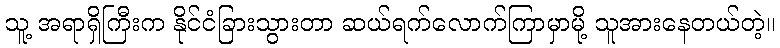
သူ့ အရာရှိကြီးက နိုင်ငံခြားသွားတာ ဆယ်ရက်လောက်ကြာမှာမို့ သူအားနေတယ်တဲ့။